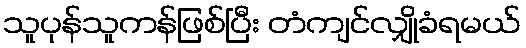
သူပုန်သူကန်ဖြစ်ပြီး တံကျင်လျှိုခံရမယ်